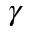
\gamma